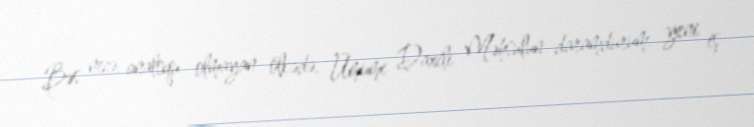
Bəs necə, analoqu olmayan ölkədə, Ümumi Daxili Məhsulun daramdurum, yeni iş